Civil Veterinary Dept. Bombay admin report 1932-41 - 1932-1941
Year: 1932
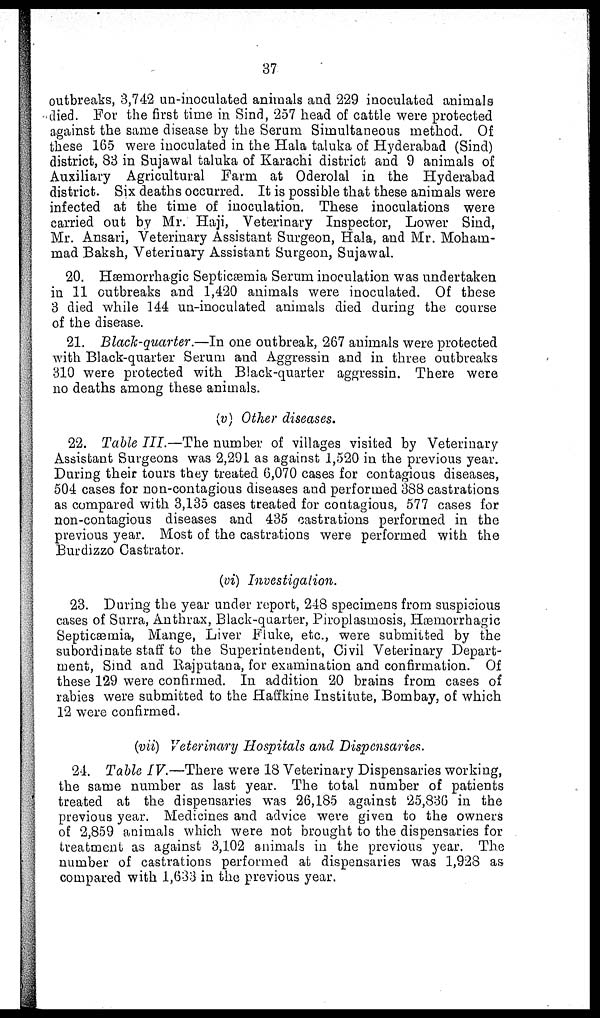
37
outbreaks, 3,742 un-inoculated animals and 229 inoculated animals
died. For the first time in Sind, 257 head of cattle were protected
against the same disease by the Serum Simultaneous method. Of
these 165 were inoculated in the Hala taluka of Hyderabad (Sind)
district, 83 in Sujawal taluka of Karachi district and 9 animals of
Auxiliary Agricultural Farm at Oderolal in the Hyderabad
district. Six deaths occurred. It is possible that these animals were
infected at the time of inoculation. These inoculations were
carried out by Mr. Haji, Veterinary Inspector, Lower Sind,
Mr. Ansari, Veterinary Assistant Surgeon, Hala, and Mr. Moham-
mad Baksh, Veterinary Assistant Surgeon, Sujawal.
20. Hæmorrhagic Septicæmia Serum inoculation was undertaken
in 11 outbreaks and 1,420 animals were inoculated. Of these
3 died while 144 un-inoculated animals died during the course
of the disease.
21. Black-quarter.—In one outbreak, 267 animals were protected
with Black-quarter Serum and Aggressin and in three outbreaks
310 were protected with Black-quarter aggressin. There were
no deaths among these animals.
(v) Other diseases.
22. Table III.—The number of villages visited by Veterinary
Assistant Surgeons was 2,291 as against 1,520 in the previous year.
During their tours they treated 6,070 cases for contagious diseases,
504 cases for non-contagious diseases and performed 388 castrations
as compared with 3,135 cases treated for contagious, 577 cases for
non-contagious diseases and 435 castrations performed in the
previous year. Most of the castrations were performed with the
Burdizzo Castrator.
(vi) Investigation.
23. During the year under report, 248 specimens from suspicious
cases of Surra, Anthrax, Black-quarter, Piroplasmosis, Hæmorrhagic
Septicæmia, Mange, Liver Fluke, etc., were submitted by the
subordinate staff to the Superintendent, Civil Veterinary Depart-
ment, Sind and Rajputana, for examination and confirmation. Of
these 129 were confirmed. In addition 20 brains from cases of
rabies were submitted to the Haffkine Institute, Bombay, of which
12 were confirmed.
(vii) Veterinary Hospitals and Dispensaries.
24. Table IV.—There were 18 Veterinary Dispensaries working,
the same number as last year. The total number of patients
treated at the dispensaries was 26,185 against 25,836 in the
previous year. Medicines and advice were given to the owners
of 2,859 animals which were not brought to the dispensaries for
treatment as against 3,102 animals in the previous year. The
number of castrations performed at dispensaries was 1,928 as
compared with 1,633 in the previous year.